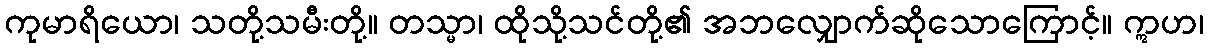
ကုမာရိယော၊ သတို့သမီးတို့။ တသ္မာ၊ ထိုသို့သင်တို့၏ အဘလျှောက်ဆိုသောကြောင့်။ ဣဟ၊